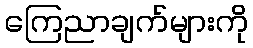
ကြေညာချက်များကို